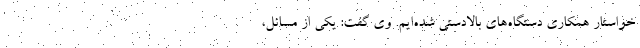
خواستار همکاری دستگاه‌های بالادستی شده‌ایم. وی گفت: یکی از مسائل،